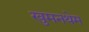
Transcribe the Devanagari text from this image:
खुमनथेम